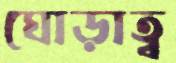
ঘোড়াত্ব